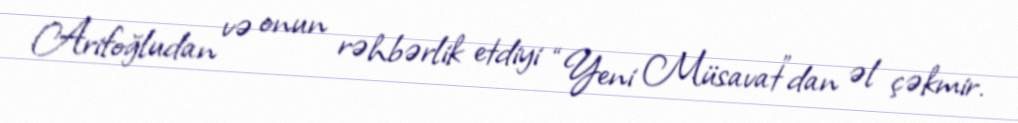
Arifoğludan və onun rəhbərlik etdiyi “Yeni Müsavat”dan əl çəkmir.